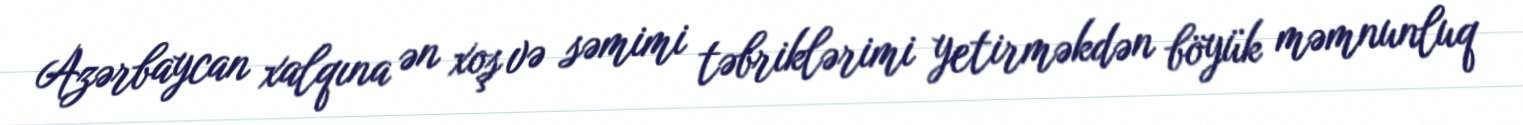
Azərbaycan xalqına ən xoş və səmimi təbriklərimi yetirməkdən böyük məmnunluq